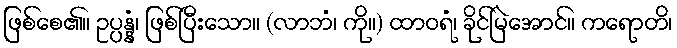
ဖြစ်စေ၏။ ဥပ္ပန္နံ၊ ဖြစ်ပြီးသော။ (လာဘံ၊ ကို။) ထာဝရံ၊ ခိုင်မြဲအောင်။ ကရောတိ၊